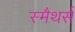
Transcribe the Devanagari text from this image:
स्मैथर्स